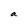
Character: a